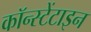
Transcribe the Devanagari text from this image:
कॉन्स्टेंटाइन